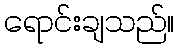
ရောင်းချသည်။